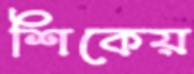
শিকেয়